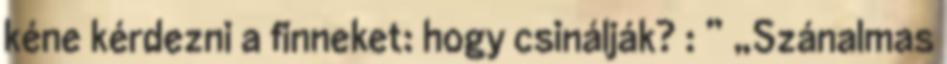
kéne kérdezni a finneket: hogy csinálják? : ” „Szánalmas